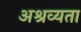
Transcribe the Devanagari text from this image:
अश्रव्यता